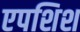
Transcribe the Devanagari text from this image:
एपशिश